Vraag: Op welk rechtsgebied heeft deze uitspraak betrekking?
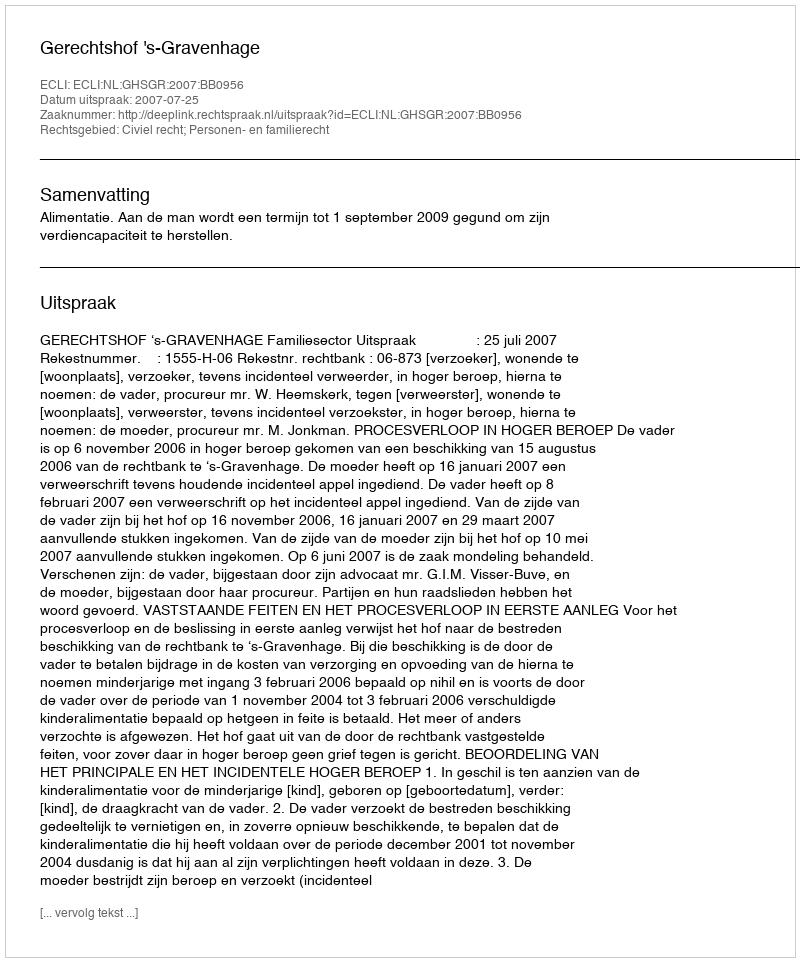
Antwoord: Civiel recht; Personen- en familierecht